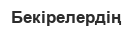
Бекірелердің